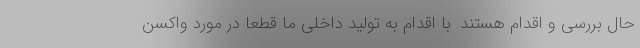
حال بررسی و اقدام هستند. با اقدام به تولید داخلی ما قطعا در مورد واکسن